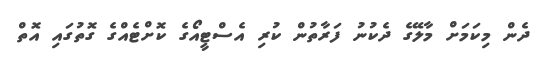
ދެން މިކަމަށް މާލޭގެ ދެކުނު ފަރާތުން ކުރި އެސްޓީއޯގެ ކޮށްޓެއްގެ ގޮތުގައި އޮތް